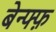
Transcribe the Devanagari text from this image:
बेन्फ्फ़